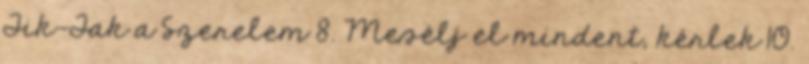
Tik-Tak a Szerelem 8. Mesélj el mindent, kérlek 10.